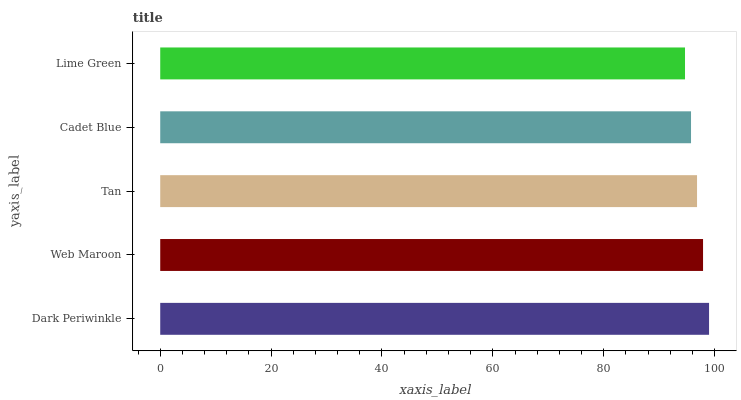
| yaxis_label | bars |
 | --- | --- |
 | Dark Periwinkle | 99 |
 | Web Maroon | 97.9 |
 | Tan | 96.8 |
 | Cadet Blue | 95.7 |
 | Lime Green | 94.7 |